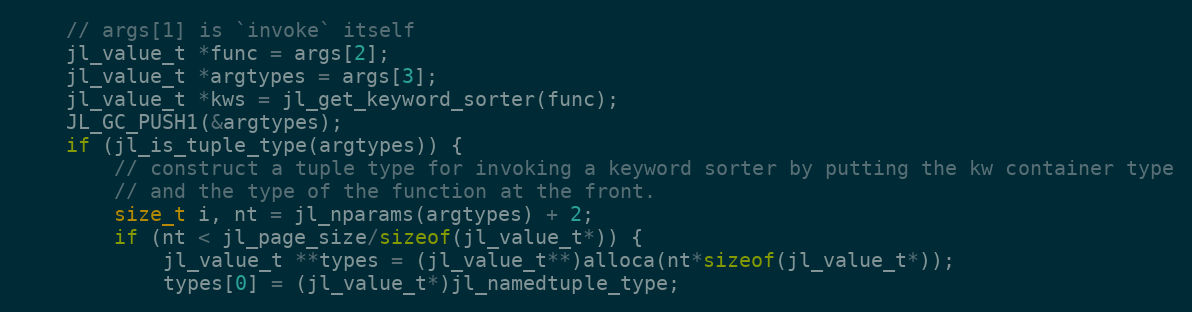
Language: C
    // args[1] is `invoke` itself
    jl_value_t *func = args[2];
    jl_value_t *argtypes = args[3];
    jl_value_t *kws = jl_get_keyword_sorter(func);
    JL_GC_PUSH1(&argtypes);
    if (jl_is_tuple_type(argtypes)) {
        // construct a tuple type for invoking a keyword sorter by putting the kw container type
        // and the type of the function at the front.
        size_t i, nt = jl_nparams(argtypes) + 2;
        if (nt < jl_page_size/sizeof(jl_value_t*)) {
            jl_value_t **types = (jl_value_t**)alloca(nt*sizeof(jl_value_t*));
            types[0] = (jl_value_t*)jl_namedtuple_type;